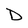
Character: D